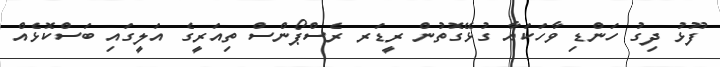
ފޫޅު ދިގު ހަންޑި ވާހަކައާ ގުޅޭގޮތުން ރީޑަރ ރެސްޕޯންސް ތިއަރީގެ އަލީގައި ބަސްކޮޅެއް